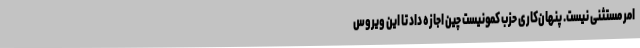
امر مستثنی نیست. پنهان‌کاری حزب کمونیست چین اجازه داد تا این ویروس